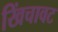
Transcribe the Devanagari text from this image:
खिंचावट